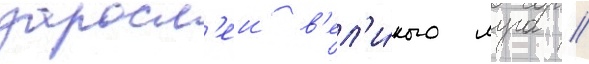
заросл'еи в'ел'и́кого луга //